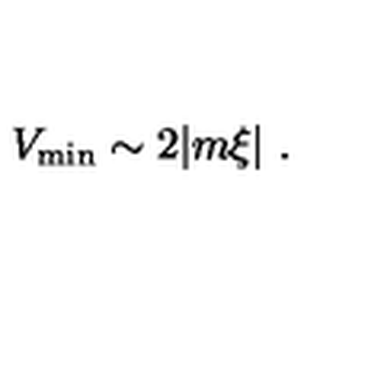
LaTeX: V _ { \mathrm { m i n } } \sim 2 | m \xi | \ .